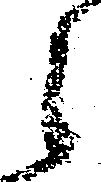
々